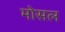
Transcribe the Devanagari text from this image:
मोसल